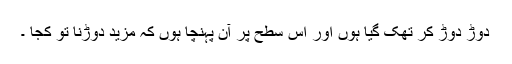
دوڑ دوڑ کر تھک گیا ہوں اور اس سطح پر آن پہنچا ہوں کہ مزید دوڑنا تو کجا ۔